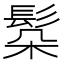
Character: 𩬻